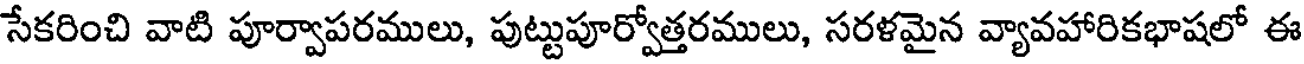
సేకరించి వాటి పూర్వాపరములు, పుట్టుపూర్వోత్తరములు, సరళమైన వ్యావహారికభాషలో ఈ